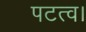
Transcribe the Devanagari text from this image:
पटत्व।